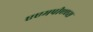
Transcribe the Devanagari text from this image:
एएमपीएएस